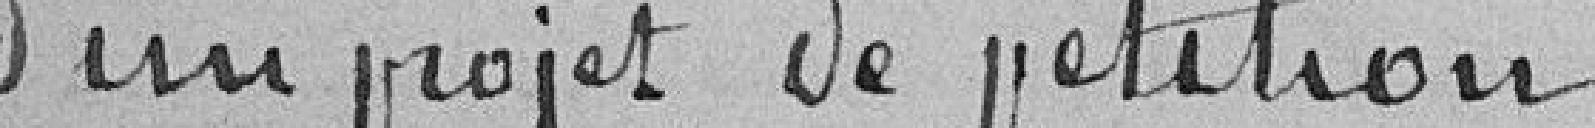
d'un projet de pétition